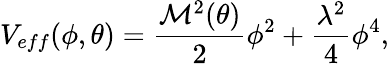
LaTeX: V_{eff}(\phi,\theta)=\frac{{\cal M}^{2}(\theta)}{2}\phi^{2}+\frac{\lambda^{2}}{4}\phi^{4},